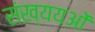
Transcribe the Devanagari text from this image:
संख्ययओं